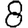
Digit: 8